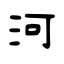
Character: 河